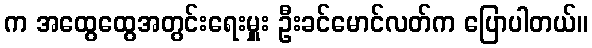
က အထွေထွေအတွင်းရေးမှူး ဦးခင်မောင်လတ်က ပြောပါတယ်။